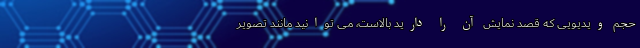
حجم ویدیویی که قصد نمایش آن را دارید بالاست، می توانید مانند تصویر